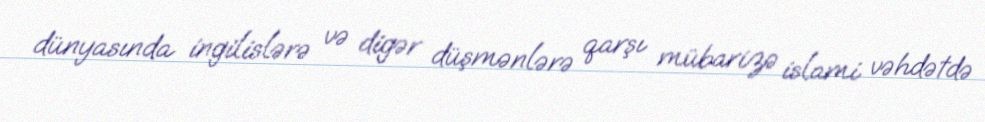
dünyasında ingilislərə və digər düşmənlərə qarşı mübarizə islami vəhdətdə